Lunatic asylums Bombay report 1878-1890 - 1878-1890
Year: 1878
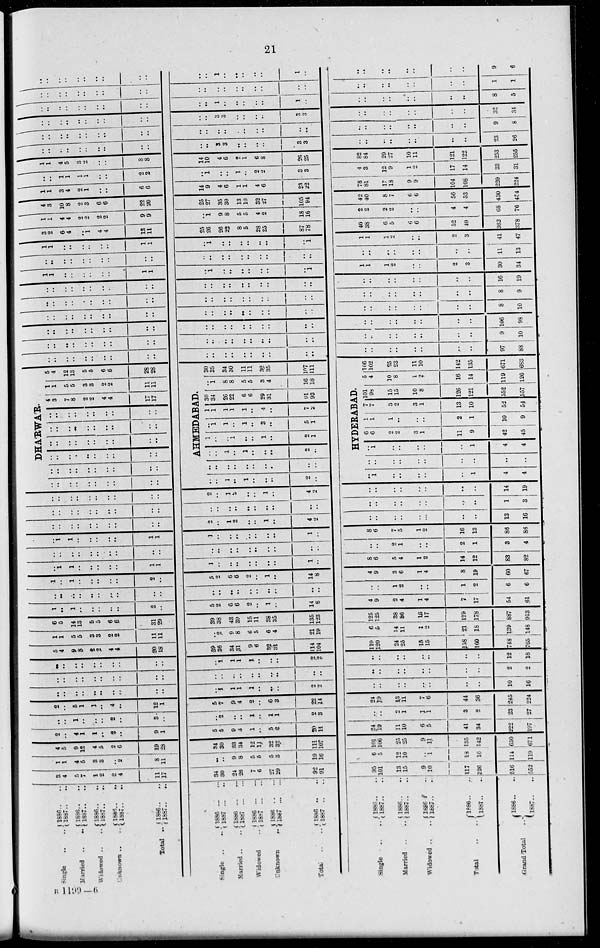
21
Single.. ..
Married.. ..
Widowed .. ..
Unknown .. ..
Total..
Single.. ..
Married .. ..
Widowed..
Unknown ..
Total
..
Single .. ..
Married .. ..
Widowed .. ..
Total ..
Grand Total ..
1886..
1887..
1886..
1867..
1886..
1887..
1886..
1887..
1886..
1887..
1886
..
..
1887
..
..
1886
..
..
1887
..
..
1886
..
..
1887..
..
1886
..
..
1887 .. ..
1886 .. ..
1887 .. ..
1886 .. ..
1887 .. ..
1886.. ..
1887.. ..
1886 .. ..
1887 .. ..
1886 .. ..
1887 .. ..
1886..
..
1887.. ..
3
4
5
7
1
2
2
4
11
17
1
1
4
5
3
3
..
2
8
11
4
5
9
12
4
5
2
6
19
28
34
30
24
26
7
6
27
29
92
91
..
..
9
8
5
5
5
3
19
16
34
30
33
34
12
11
32
32
111
107
95
101
13
l5
9
10
117
126
516
552
6
5
12
10
..
1
18
16
114
119
101
106
25
25
9
11
135
42
630
671
2
..
4
1
1
..
2
..
9
1
5
5
9
4
1
..
5
2
20
11
24
19
11
10
6
5
41
34
222
197
..
..
1
..
..
..
2
..
3
..
..
2
..
..
1
..
1
1
2
3
..
..
2
1
1
1
3
2
23
27
2
..
5
1
1
..
4
..
12
1
5
7
9
4
2
..
6
3
22
14
24
19
13
11
7
6
44
36
245
224
..
..
..
..
..
..
..
..
..
..
..
1
1
1
1
..
..
..
2
2
..
..
..
..
..
..
..
..
10
16
..
..
..
..
..
..
..
..
..
..
..
..
..
..
..
..
..
..
..
..
..
..
..
..
..
..
..
..
2
2
..
..
..
..
..
..
..
..
..
..
..
1
1
1
1
..
..
..
2
2
..
..
..
..
..
..
..
..
12
18
5
4
9
8
2
2
4
4
20
18
39
36
34
31
9
6
32
31
114
104
119
120
24
25
15
15
158
160
748
765
1
1
5
5
3
3
2
2
11
11
..
2
9
8
6
5
6
4
21
19
6
5
14
11
1
2
21
18
139
148
6
5
14
13
5
5
6
6
31
29
39
38
43
39
15
11
38
35
135
123
125
125
38
36
16
17
179
178
887
913
1
..
1
..
..
..
..
..
2
..
5
2
6
6
2
..
1
..
14
8
4
9
2
4
1
4
7
17
54
61
..
..
..
..
..
..
..
..
..
..
..
..
..
..
..
..
..
..
..
..
..
..
1
2
..
..
1
2
6
6
1
..
1
..
..
..
..
..
2
..
5 2
6
6
2
..
1
..
14
8
..
1
1
..
..
..
..
..
1
1
1
..
..
..
..
..
..
..
1
..
4
9
3
6
1
4
8
19
60
67
8
6
5
4
1
2
14
12
83
82
..
..
..
..
..
..
..
..
..
..
..
..
..
..
..
..
..
..
..
..
..
..
2
1
..
..
2
1
3
4
..
1
1
..
..
..
..
..
1
1
1
..
..
..
..
..
..
..
1
..
8
6
7
5
1
2
16
13
86
86
..
..
..
..
..
..
..
..
..
..
2
..
1
2
..
..
1
..
4
2
..
..
..
..
..
..
..
..
13
16
..
..
..
..
..
..
..
..
..
..
..
..
..
..
..
..
..
..
..
..
..
..
..
..
..
..
..
..
1
3
..
..
..
..
..
..
..
..
..
..
2
..
1
2
..
..
1
..
4
2
..
..
..
..
..
..
..
..
14
19
DHARWA'R.
..
..
..
..
..
..
..
..
..
..
..
..
..
..
..
..
..
..
..
..
..
..
..
..
..
..
..
..
..
..
..
..
..
..
..
..
..
..
..
..
..
..
..
..
..
..
..
..
..
..
..
..
..
..
..
..
..
..
..
..
4
3
7
8
2
2
4
4
17
17
1
1
5
5
3
3
2
2
11
11
5
4
12
13
5
5
6
6
28
28
AHMEDABAD.
..
..
1
..
1
..
..
..
2
..
..
..
..
..
..
..
..
..
..
..
..
..
1
..
1
..
..
..
2
..
1
..
..
1
..
..
1
..
2
1
.. 1
1
..
1
..
3
..
5
1
1
1
1
1
1
..
4
..
7
2
30
34
26
22
6
6
29
31
91
93
..
1
8
8
5
5
3
4
16
18
30
35
34
30
11
11
32
35
107
111
HYDERABAD.
..
1
..
..
..
..
..
1
4
4
..
..
..
..
..
..
..
..
..
..
..
1
..
..
..
..
..
1
4
4
6
6
2
2
3
1
11
9
42
45
1
1
1
..
..
..
2
1
10
9
7
7
3
2
3
1
13
10
52
54
101
98
15
15
10
8
126
121
552
557
5
4
10
8
1
2
16
14
119
126
106
102
25
23
11
10
142
135
671
683
..
..
..
..
..
..
..
..
..
..
..
..
..
..
..
..
..
..
..
..
..
..
..
..
..
..
..
..
97
88
..
..
..
..
..
..
..
..
..
..
..
..
..
..
..
..
..
..
..
..
..
..
..
..
..
..
..
..
9
10
..
..
..
..
..
..
..
..
..
..
..
..
..
..
..
..
..
..
..
..
..
..
..
..
..
..
..
..
..
..
..
..
..
..
..
..
..
..
..
..
..
..
..
..
..
..
..
..
106
98
..
..
..
..
..
..
..
..
8
10
..
..
..
..
..
..
..
..
..
..
..
..
..
..
..
..
..
..
..
..
..
..
..
..
..
..
..
..
8
9
..
..
..
..
..
..
..
..
..
..
..
..
..
..
..
..
..
..
..
..
..
..
..
..
..
..
..
..
16
19
1
1
..
..
..
..
..
..
1
1
..
1
..
..
..
..
..
..
..
1
1
1
1
2
..
..
2
3
30
34
..
..
..
..
..
..
..
..
..
..
..
..
..
..
..
..
..
..
..
..
..
..
..
..
..
..
..
..
11
13
..
1
1
..
..
..
..
..
..
1
1
..
1
..
..
..
..
..
..
..
1
1
1
1
2
..
..
2
3
41
47
3
2
6
4
..
1
4
4
13
11
25
26
26
22
8
5
28
25
87
78
40
38
6
5
6
6
52
49
362
378
1
1
4
4
2
2
2
2
9
9
..
1
9
8
5
5
4
2
18
16
2
2
2
2
..
..
4
4
68
76
4
3
10
8
2
3
6
6
22
20
25
27
35
30
13
10
32
27
105
94
42
40
8
7
6
6
56
53
430
454
1
1
3
4
2
1
..
..
6
6
14
9
4
6
1
1
4
6
23
22
78
81
17
18
9
9
104
108
220
224
..
..
1
1
1
1
..
..
2
2
..
1
..
..
1
..
2
2
3
3
4
3
12
9
1
2
17
14
33
31
1
1
4
5
3
2
..
..
8
8
14
10
4
6
2
1
6
8
26
25
82
84
29
27
10
11
121
122
253
255
..
..
..
..
..
..
..
..
..
..
..
..
3
3
..
..
..
..
3
3
..
..
..
..
..
..
..
..
23
26
..
..
..
..
..
..
..
..
..
..
..
..
..
..
..
..
..
..
..
..
..
..
..
..
..
..
..
..
9
8
..
..
..
..
..
..
..
..
..
..
..
..
3
3
..
..
..
..
3
3
..
..
..
..
..
..
..
..
32
34
..
..
..
..
..
..
..
..
..
..
..
..
1
..
..
..
..
..
1
..
..
..
..
..
..
..
..
..
8
5
..
..
..
..
..
..
..
..
..
..
..
..
..
..
..
..
..
..
..
..
..
..
..
..
..
..
..
..
1
1
..
..
..
..
..
..
..
..
..
..
..
..
1
..
..
..
..
..
1
..
..
..
..
..
..
..
..
..
9
6